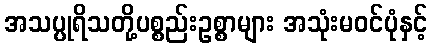
အသပ္ပုရိသတို့ပစ္စည်းဥစ္စာများ အသုံးမဝင်ပုံနှင့်